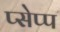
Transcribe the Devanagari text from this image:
प्सेप्प